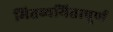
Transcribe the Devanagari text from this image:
मितव्ययितापूर्ण